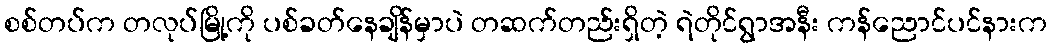
စစ်တပ်က တလုပ်မြို့ကို ပစ်ခတ်နေချိန်မှာပဲ တဆက်တည်းရှိတဲ့ ရဲတိုင်ရွာအနီး ကန်ညောင်ပင်နားက